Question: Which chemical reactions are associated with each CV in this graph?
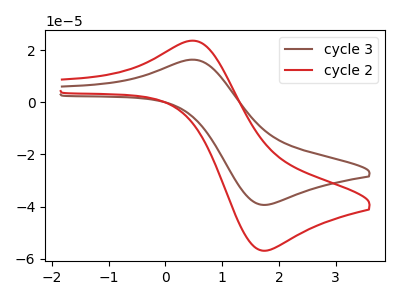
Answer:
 <answer>The brown curve is labeled "cycle 3". The red curve is labeled "cycle 2".</answer>
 <eval></eval>